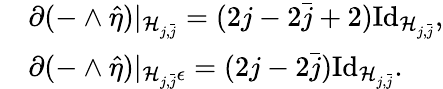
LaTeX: \begin{array}{rl}&{\partial(-\wedge\hat{\eta})|_{\mathcal{H}_{j,\bar{j}}}=(2j-2\bar{j}+2)\mathrm{Id}_{\mathcal{H}_{j,\bar{j}}},}\\ &{\partial(-\wedge\hat{\eta})|_{\mathcal{H}_{j,\bar{j}}\epsilon}=(2j-2\bar{j})\mathrm{Id}_{\mathcal{H}_{j,\bar{j}}}.}\end{array}